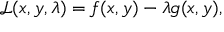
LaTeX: { \mathcal { L } } ( x , y , \lambda ) = f ( x , y ) - \lambda g ( x , y ) ,